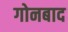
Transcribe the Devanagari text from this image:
गोनबाद